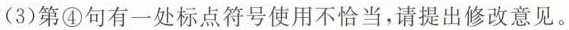
(3)第④句有一处标点符号使用不恰当，请提出修改意见。